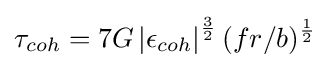
\tau _{coh}=7G\left|\epsilon _{coh}\right|^{\frac {3}{2}}(fr/b)^{\frac {1}{2}}